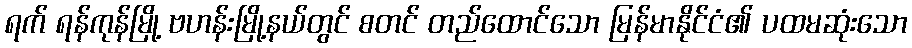
ရက် ရန်ကုန်မြို့ ဗဟန်းမြို့နယ်တွင် စတင် တည်ထောင်သော မြန်မာနိုင်ငံ၏ ပထမဆုံးသော